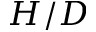
H / D